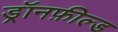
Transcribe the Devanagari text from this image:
ड्रॉनफ़ील्ड